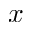
x